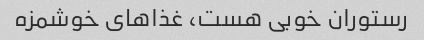
رستوران خوبی هست، غذاهای خوشمزه